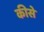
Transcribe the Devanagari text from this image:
कीसे